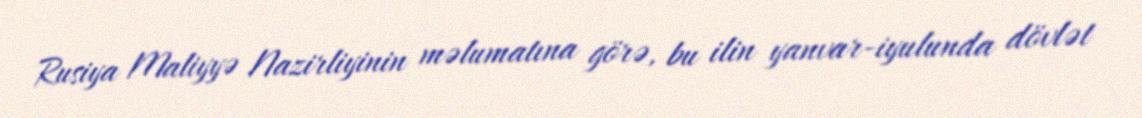
Rusiya Maliyyə Nazirliyinin məlumatına görə, bu ilin yanvar-iyulunda dövlət